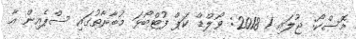
މޮސްކޯ: ޖުލައި 1 2018: ވޯލްޑް ކަޕް ފުޓްބޯޅަ މުބާރާތުގައި ސްޕެއިން އާ